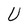
Character: U